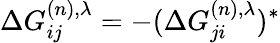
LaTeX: \Delta G_{ij}^{(n),\lambda}=-(\Delta G_{ji}^{(n),\lambda})^{*}